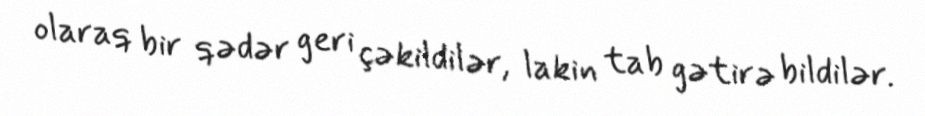
olaraq bir qədər geri çəkildilər, lakin tab gətirə bildilər.